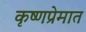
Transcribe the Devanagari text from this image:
कृष्णप्रेमात